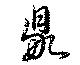
鼎